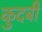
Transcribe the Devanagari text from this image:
कुदबी